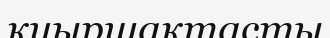
қиыршақтасты